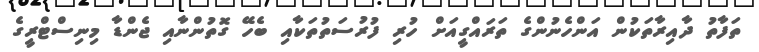
ތަފާތު ދާއިރާތަކުން އަންހެނުންގެ ތަރައްގީއަށް ހުރި ފުރުސަތުތަކާއި ބެެހޭ ގޮތުންނާއި ޖެންޑާ މިނިސްޓްރީގެ